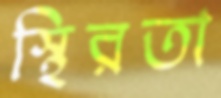
স্থিরতা